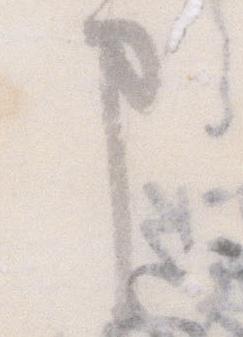
申